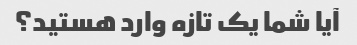
آیا شما یک تازه وارد هستید؟